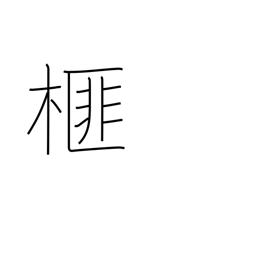
Meaning: Japanese nutmeg